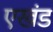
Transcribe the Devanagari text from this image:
एखंड